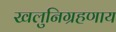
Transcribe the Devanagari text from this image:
खलुनिग्रहणाय